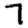
Digit: 7